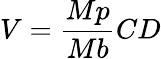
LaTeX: V={\frac{Mp}{Mb}}CD